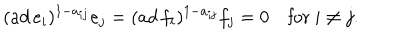
LaTeX: ( a d \, e _ { i } ) ^ { 1 - a _ { i j } } e _ { j } = ( a d \, f _ { i } ) ^ { 1 - a _ { i j } } f _ { j } = 0 \quad \mathrm { f o r ~ } i \neq j .